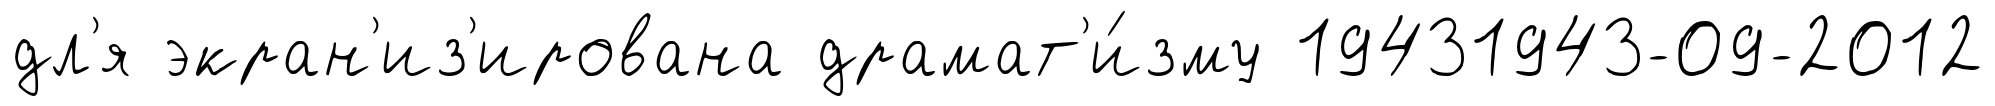
дл'я экран'из'ирована драмат'и́зму 19431943-09-2012